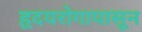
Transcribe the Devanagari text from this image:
हृदयरोगापासून